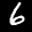
Label: 6